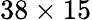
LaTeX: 38\times 15